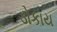
ડોકાય